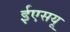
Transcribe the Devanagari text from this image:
ईएसयू